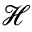
\mathcal { H }